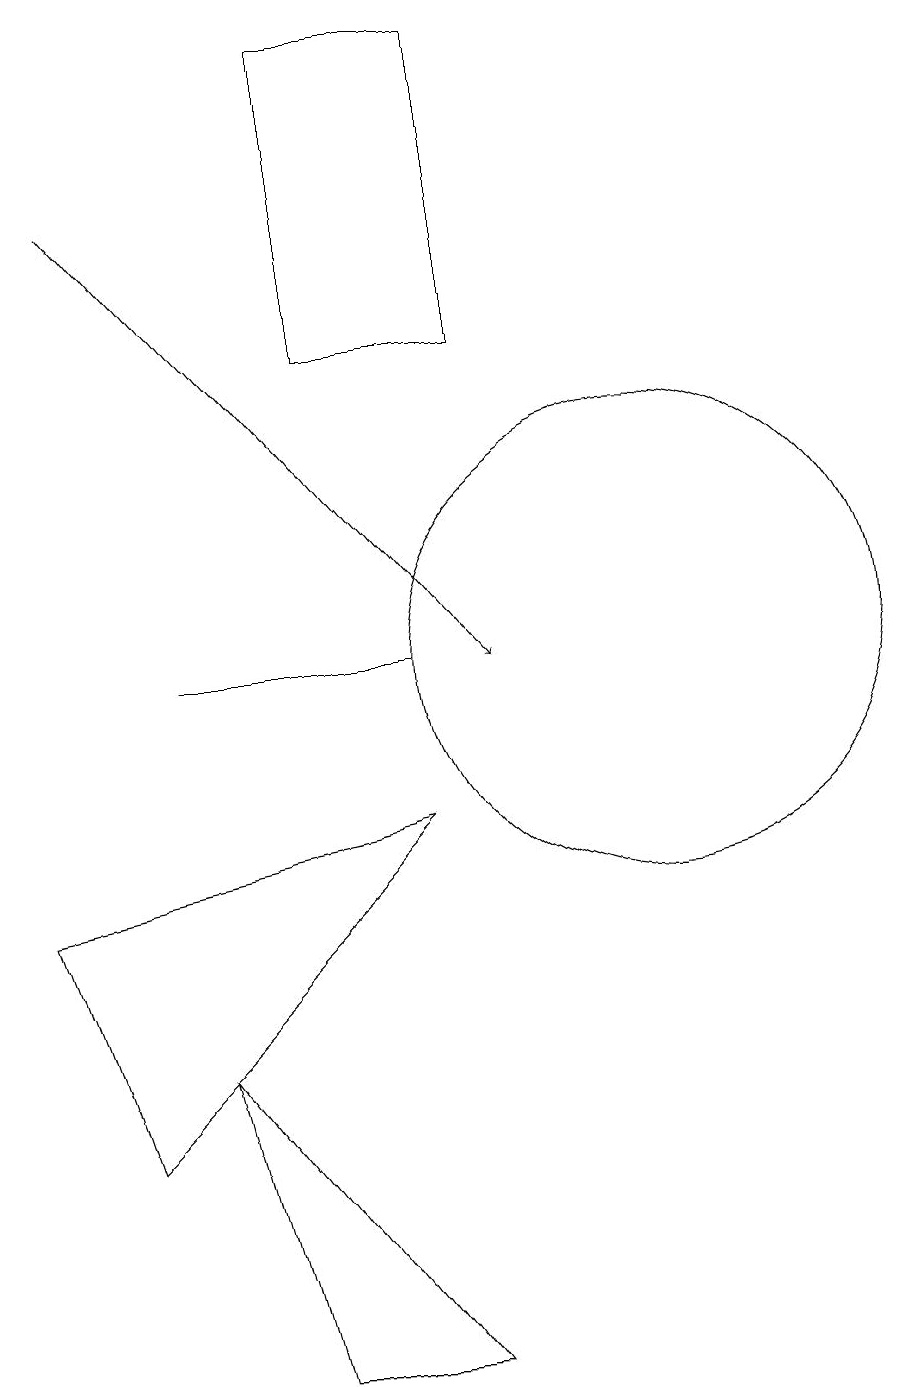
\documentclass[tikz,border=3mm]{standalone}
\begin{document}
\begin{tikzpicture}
\draw (8,8) -- (4,4) -- (3,7) -- cycle;
\draw (6,1) -- (5,5) -- (8,1) -- cycle;
\draw (5,10) rectangle (8,10);
\draw (7,18) rectangle (9,14);
\draw[->] (4,16) -- (9,10);
\draw (11,10) circle (3);
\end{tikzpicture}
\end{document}